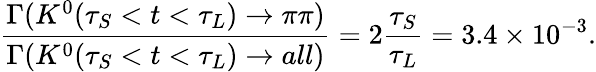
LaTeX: \frac{\Gamma(K^{0}(\tau_{S}<t<\tau_{L})\rightarrow\pi\pi)}{\Gamma(K^{0}(\tau_{S}<t<\tau_{L})\rightarrow all)}=2\frac{\tau_{S}}{\tau_{L}}=3.4\times 10^{-3}.